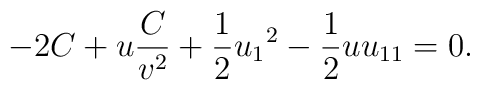
-2C + u \frac{C}{v^2} + \frac{1}{2}{u_1}^2 - \frac{1}{2} uu_{11} = 0.